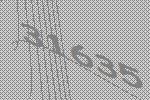
31635